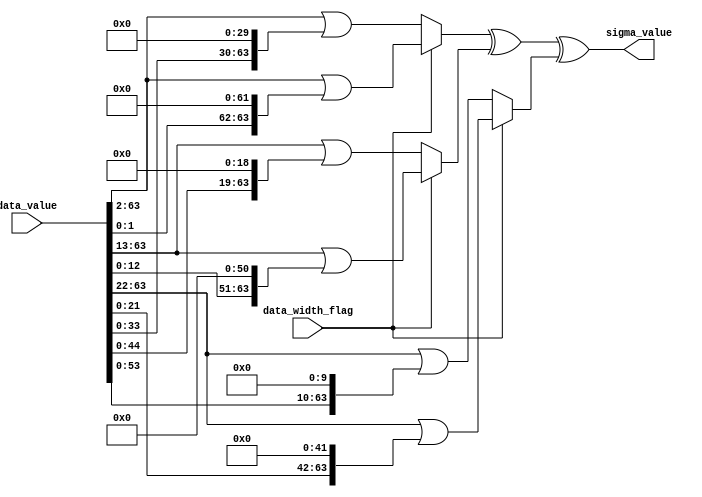
module Sigma
#(
    // 
    parameter p1=2,
    parameter p2=13,
    parameter p3=22
)
(


    // Control
    input data_width_flag,    // 0 if 32-bit and 1 for 64-bit

    // Input
    input [63 : 0] data_value,

    // Output
    output [63 : 0] sigma_value
);
localparam DATA_WIDTH = 64;
localparam SMALL_DATA_WIDTH = 32;

reg [DATA_WIDTH-1 : 0] data1;
reg [DATA_WIDTH-1 : 0] data2;
reg [DATA_WIDTH-1 : 0] data3;

always @(*) 
begin: SigmaOp
if(data_width_flag) begin
    data1 = (data_value >> p1)|(data_value <<(DATA_WIDTH-p1));
    data2 = (data_value >> p2)|(data_value <<(DATA_WIDTH-p2));
    data3 = (data_value >> p3)|(data_value <<(DATA_WIDTH-p3));
end
else begin
    data1 = (data_value >> p1)|(data_value <<(SMALL_DATA_WIDTH-p1));
    data2 = (data_value >> p2)|(data_value <<(SMALL_DATA_WIDTH-p2));
    data3 = (data_value >> p3)|(data_value <<(SMALL_DATA_WIDTH-p3));
end
end: SigmaOp

assign sigma_value = data1 ^ data2 ^ data3;

`ifndef VERILATOR
initial begin
  $dumpfile ("waveform.vcd");
  $dumpvars (0, Sigma);
  #1;
end
`endif

endmodule